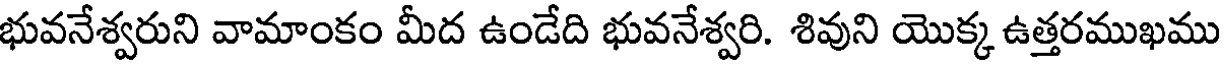
భువనేశ్వరుని వామాంకం మీద ఉండేది భువనేశ్వరి. శివుని యొక్క ఉత్తరముఖము